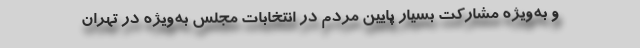
و به‌ویژه مشارکت بسیار پایین مردم در انتخابات مجلس به‌ویژه در تهران